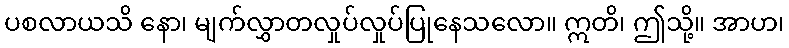
ပစလာယသိ နော၊ မျက်လွှာတလှုပ်လှုပ်ပြုနေသလော။ ဣတိ၊ ဤသို့။ အာဟ၊